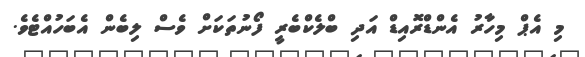
މި އެޕް މިހާރު އެންޑްރޮއިޑް އަދި ބްލެކްބެރީ ފޯނުތަކަށް ވެސް ލިބެން އެބަހުއްޓެވެ.